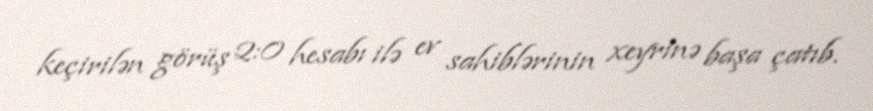
keçirilən görüş 2:0 hesabı ilə ev sahiblərinin xeyrinə başa çatıb.